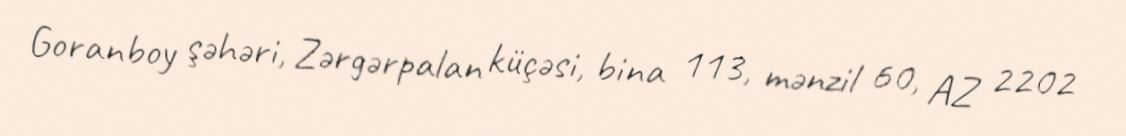
Goranboy şəhəri, Zərgərpalan küçəsi, bina 113, mənzil 60, AZ 2202